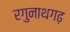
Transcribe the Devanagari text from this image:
रगुनाथगढ़